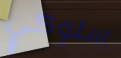
سلوكي